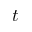
\ensuremath { t }